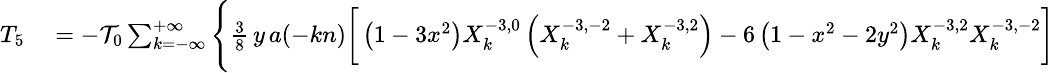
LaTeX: \small\begin{array}{rl}{T_{5}}&{{}=-{\cal T}_{0}\sum_{k=-\infty}^{+\infty}\Bigg\{ \frac{3}{8}\, y\, a(-kn)\bigg[\left(1-3x^{2}\right)X_{k}^{-3,0}\left(X_{k}^{-3,-2}+X_{k}^{-3,2}\right)-6\left(1-x^{2}-2y^{2}\right)X_{k}^{-3,2}X_{k}^{-3,-2}\bigg]}\end{array}